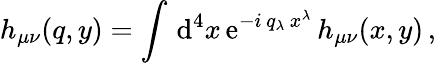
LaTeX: h_{\mu\nu}(q,y)=\int\, \mathrm{d}^{4}x\, \mathrm{e}^{-i\, q_{\lambda}\, x^{\lambda}}\, h_{\mu\nu}(x,y)\, ,